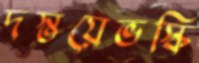
দস্তয়েভস্কি